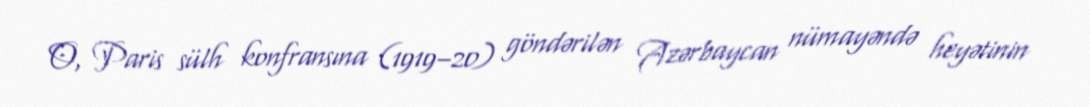
O, Paris sülh konfransına (1919–20) göndərilən Azərbaycan nümayəndə heyətinin